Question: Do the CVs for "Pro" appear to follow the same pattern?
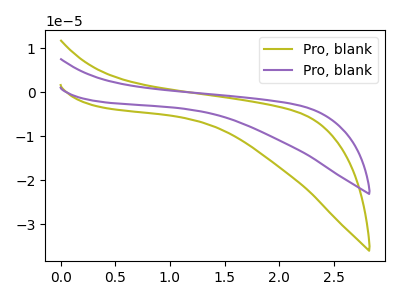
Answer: <think>The olive curve "Pro, blank1" has no peaks. The purple curve "Pro, blank2" has no peaks.
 Neither "Pro, blank1" or "Pro, blank2" have any peaks.</think>
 <answer>All the CV's of "Pro" have similar shape.</answer>
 <eval>follow_rule</eval>